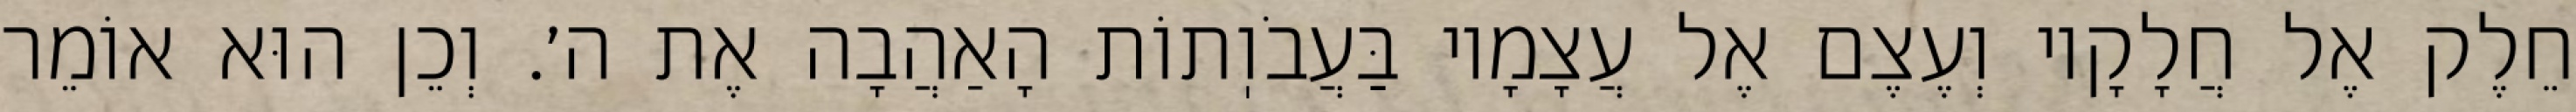
חֵלֶק אֶל חֲלָקָיו וְעֶצֶם אֶל עֲצָמָיו בַּעֲבֹוֽתוֹת הָאַהֲבָה אֶת ה׳. וְכֵן הוּא אוֹמֵר